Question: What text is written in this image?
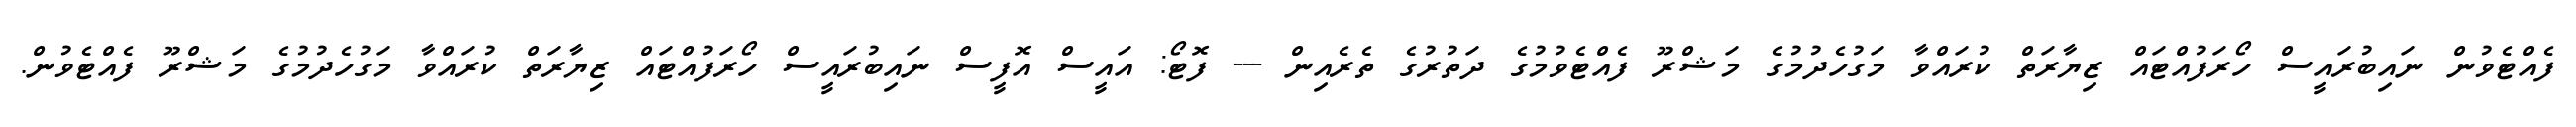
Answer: ފެއްޓެވުން ނައިބުރައީސް ހޯރަފުއްޓައް ޒިޔާރަތް ކުރައްވާ މަގުހެދުމުގެ މަޝްރޫ ފެއްޓެވުމުގެ ދަތުރުގެ ތެރެއިން --- ފޮޓޯ: އައީސް އޮފީސް ނައިބުރައީސް ހޯރަފުއްޓައް ޒިޔާރަތް ކުރައްވާ މަގުހެދުމުގެ މަޝްރޫ ފެއްޓެވުން.